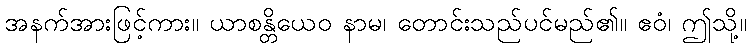
အနက်အားဖြင့်ကား။ ယာစန္တိယေဝ နာမ၊ တောင်းသည်ပင်မည်၏။ ဧဝံ၊ ဤသို့။